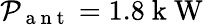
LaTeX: \mathcal{P}_{\mathrm{~a~n~t~}}=1.8\mathrm{~k~W~}